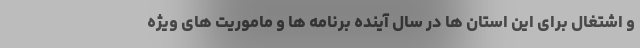
و اشتغال برای این استان ها در سال آینده برنامه ها و ماموریت های ویژه